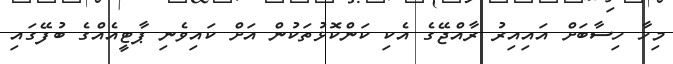
މިހާ ހިސާބަށް އައިއިރު ރާއްޖޭގެ އެކި ކަންކޮޅުތަކުން އަށް ކައިވެނި ޕާޓީއެއްގެ ބުފޭގައި